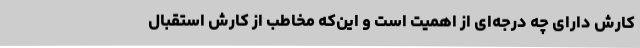
کارش دارای چه درجه‌ای از اهمیت است و این‌که مخاطب از کارش استقبال